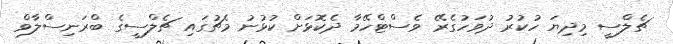
ޗެލްސީ މިދިޔަ ހުކުރު ދުވަހުގެރޭ ވެސްޓްހޭމާ ދެކޮޅަށް ކުޅުނު މެޗުގައި ޗެލްސީގެ ބްރަނިސްލާވް